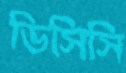
ডিসিসি